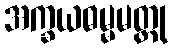
အက္ခယဓမ္မမတ္ထု